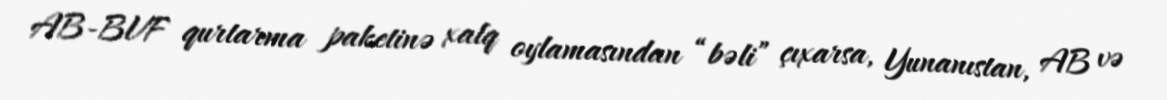
AB-BVF qurtarma paketinə xalq oylamasından “bəli” çıxarsa, Yunanıstan, AB və